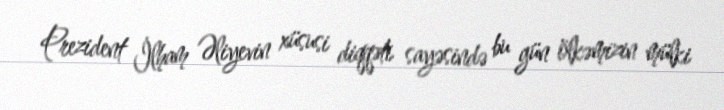
Prezident İlham Əliyevin xüsusi diqqəti sayəsində bu gün ölkəmizin mülki